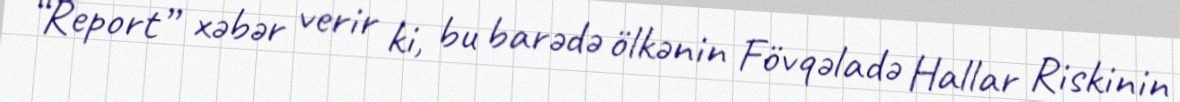
“Report” xəbər verir ki, bu barədə ölkənin Fövqəladə Hallar Riskinin